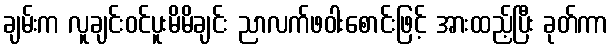
ချမ်းက လူချင်းဝင်ပူးမိမိချင်း ညာလက်ဖဝါးစောင်းဖြင့် အားထည့်ပြီး ခုတ်ကာ